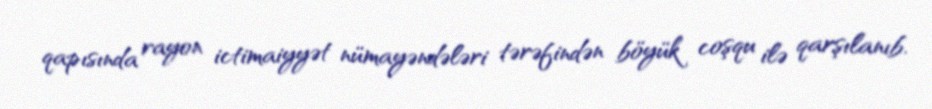
qapısında rayon ictimaiyyət nümayəndələri tərəfindən böyük coşqu ilə qarşılanıb.